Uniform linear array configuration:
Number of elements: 48
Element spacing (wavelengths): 1
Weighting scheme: hamming
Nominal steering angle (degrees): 15
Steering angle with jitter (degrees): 13.927
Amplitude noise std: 0.05
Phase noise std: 0.05

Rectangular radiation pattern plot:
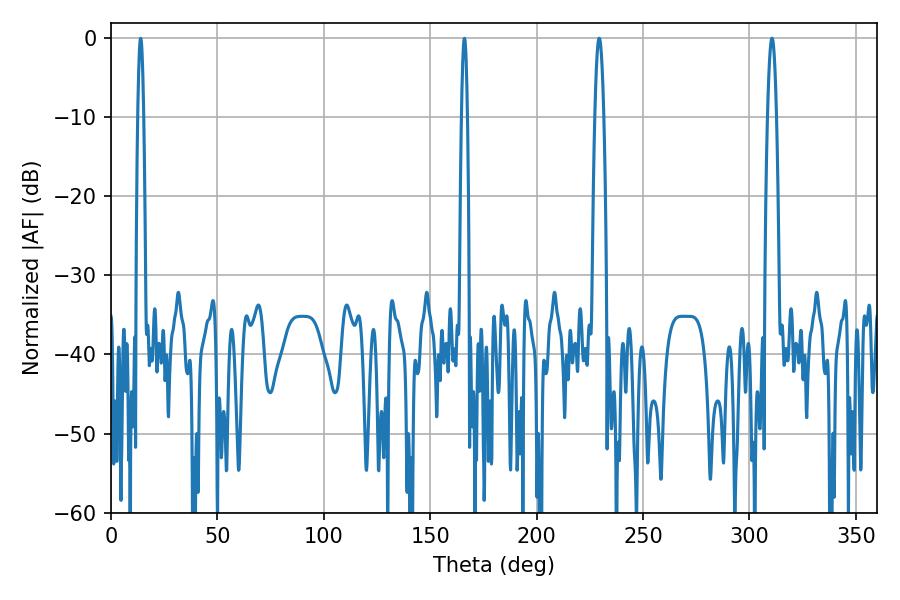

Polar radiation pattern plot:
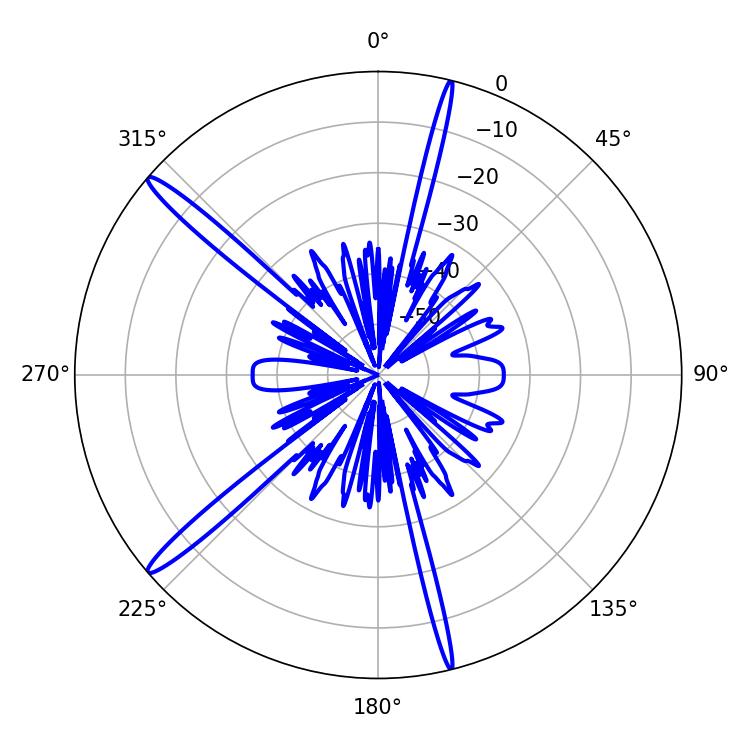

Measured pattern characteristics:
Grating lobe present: TRUE
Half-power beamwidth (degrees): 2.34
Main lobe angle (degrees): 229.32